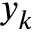
y _ { k }